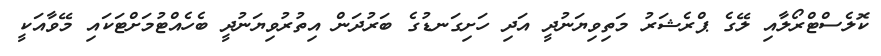
ކޮލެސްޓްރޯލާއި ލޭގެ ޕްރެޝަރު މަތިވިޔަނުދީ އަދި ހަށިގަނޑުގެ ބަރުދަން އިތުރުވިޔަނުދީ ބެހެއްޓުމަށްޓަކައި މޭވާއަކީ